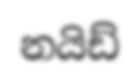
නයිඩ්